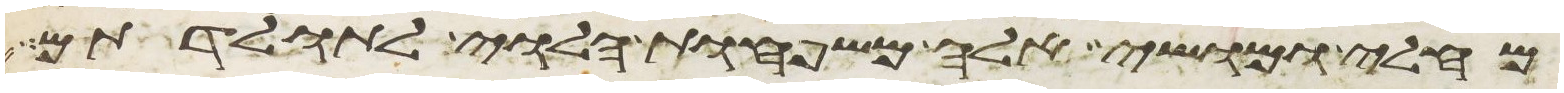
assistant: מחלי ומושי אלה משפחות הלוי לתולדתם